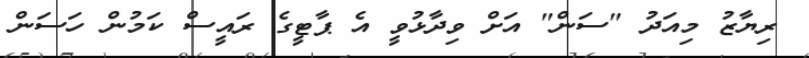
ރިޔާޒު މިއަދު "ސަން" އަށް ވިދާޅުވީ އެ ޕާޓީގެ ރައީސް ކަމުން ހަސަން